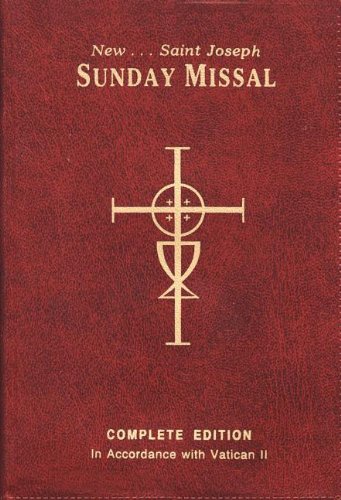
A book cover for The New Saint Joseph Sunday Missal, Complete Edition (Red Vinyl); Catholic Book Publishing Co; Christian Books & Bibles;